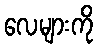
လေများကို